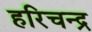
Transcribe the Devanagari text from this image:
हरिचन्द्र